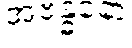
အဗန္ဓနော